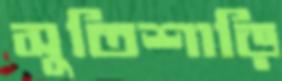
সুতিশাড়ি